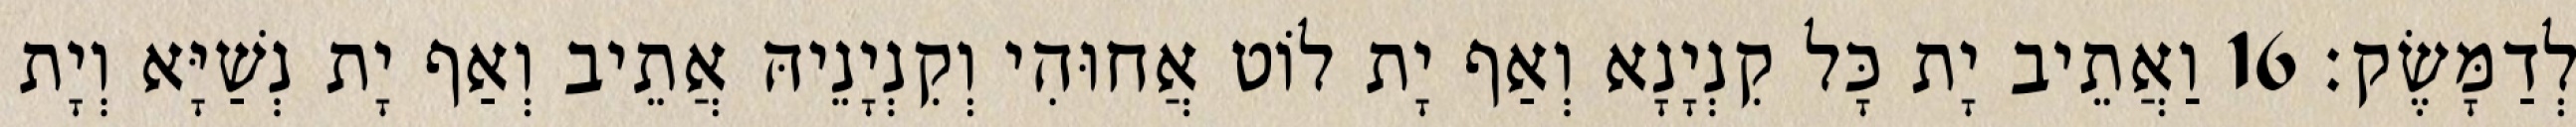
לְדַמָּשֶׂק׃ 16 וַאֲתֵיב יָת כָּל קִנְיָנָא וְאַף יָת לוֹט אֲחוּהִי וְקִנְיָנֵיהּ אֲתֵיב וְאַף יָת נְשַׁיָּא וְיָת